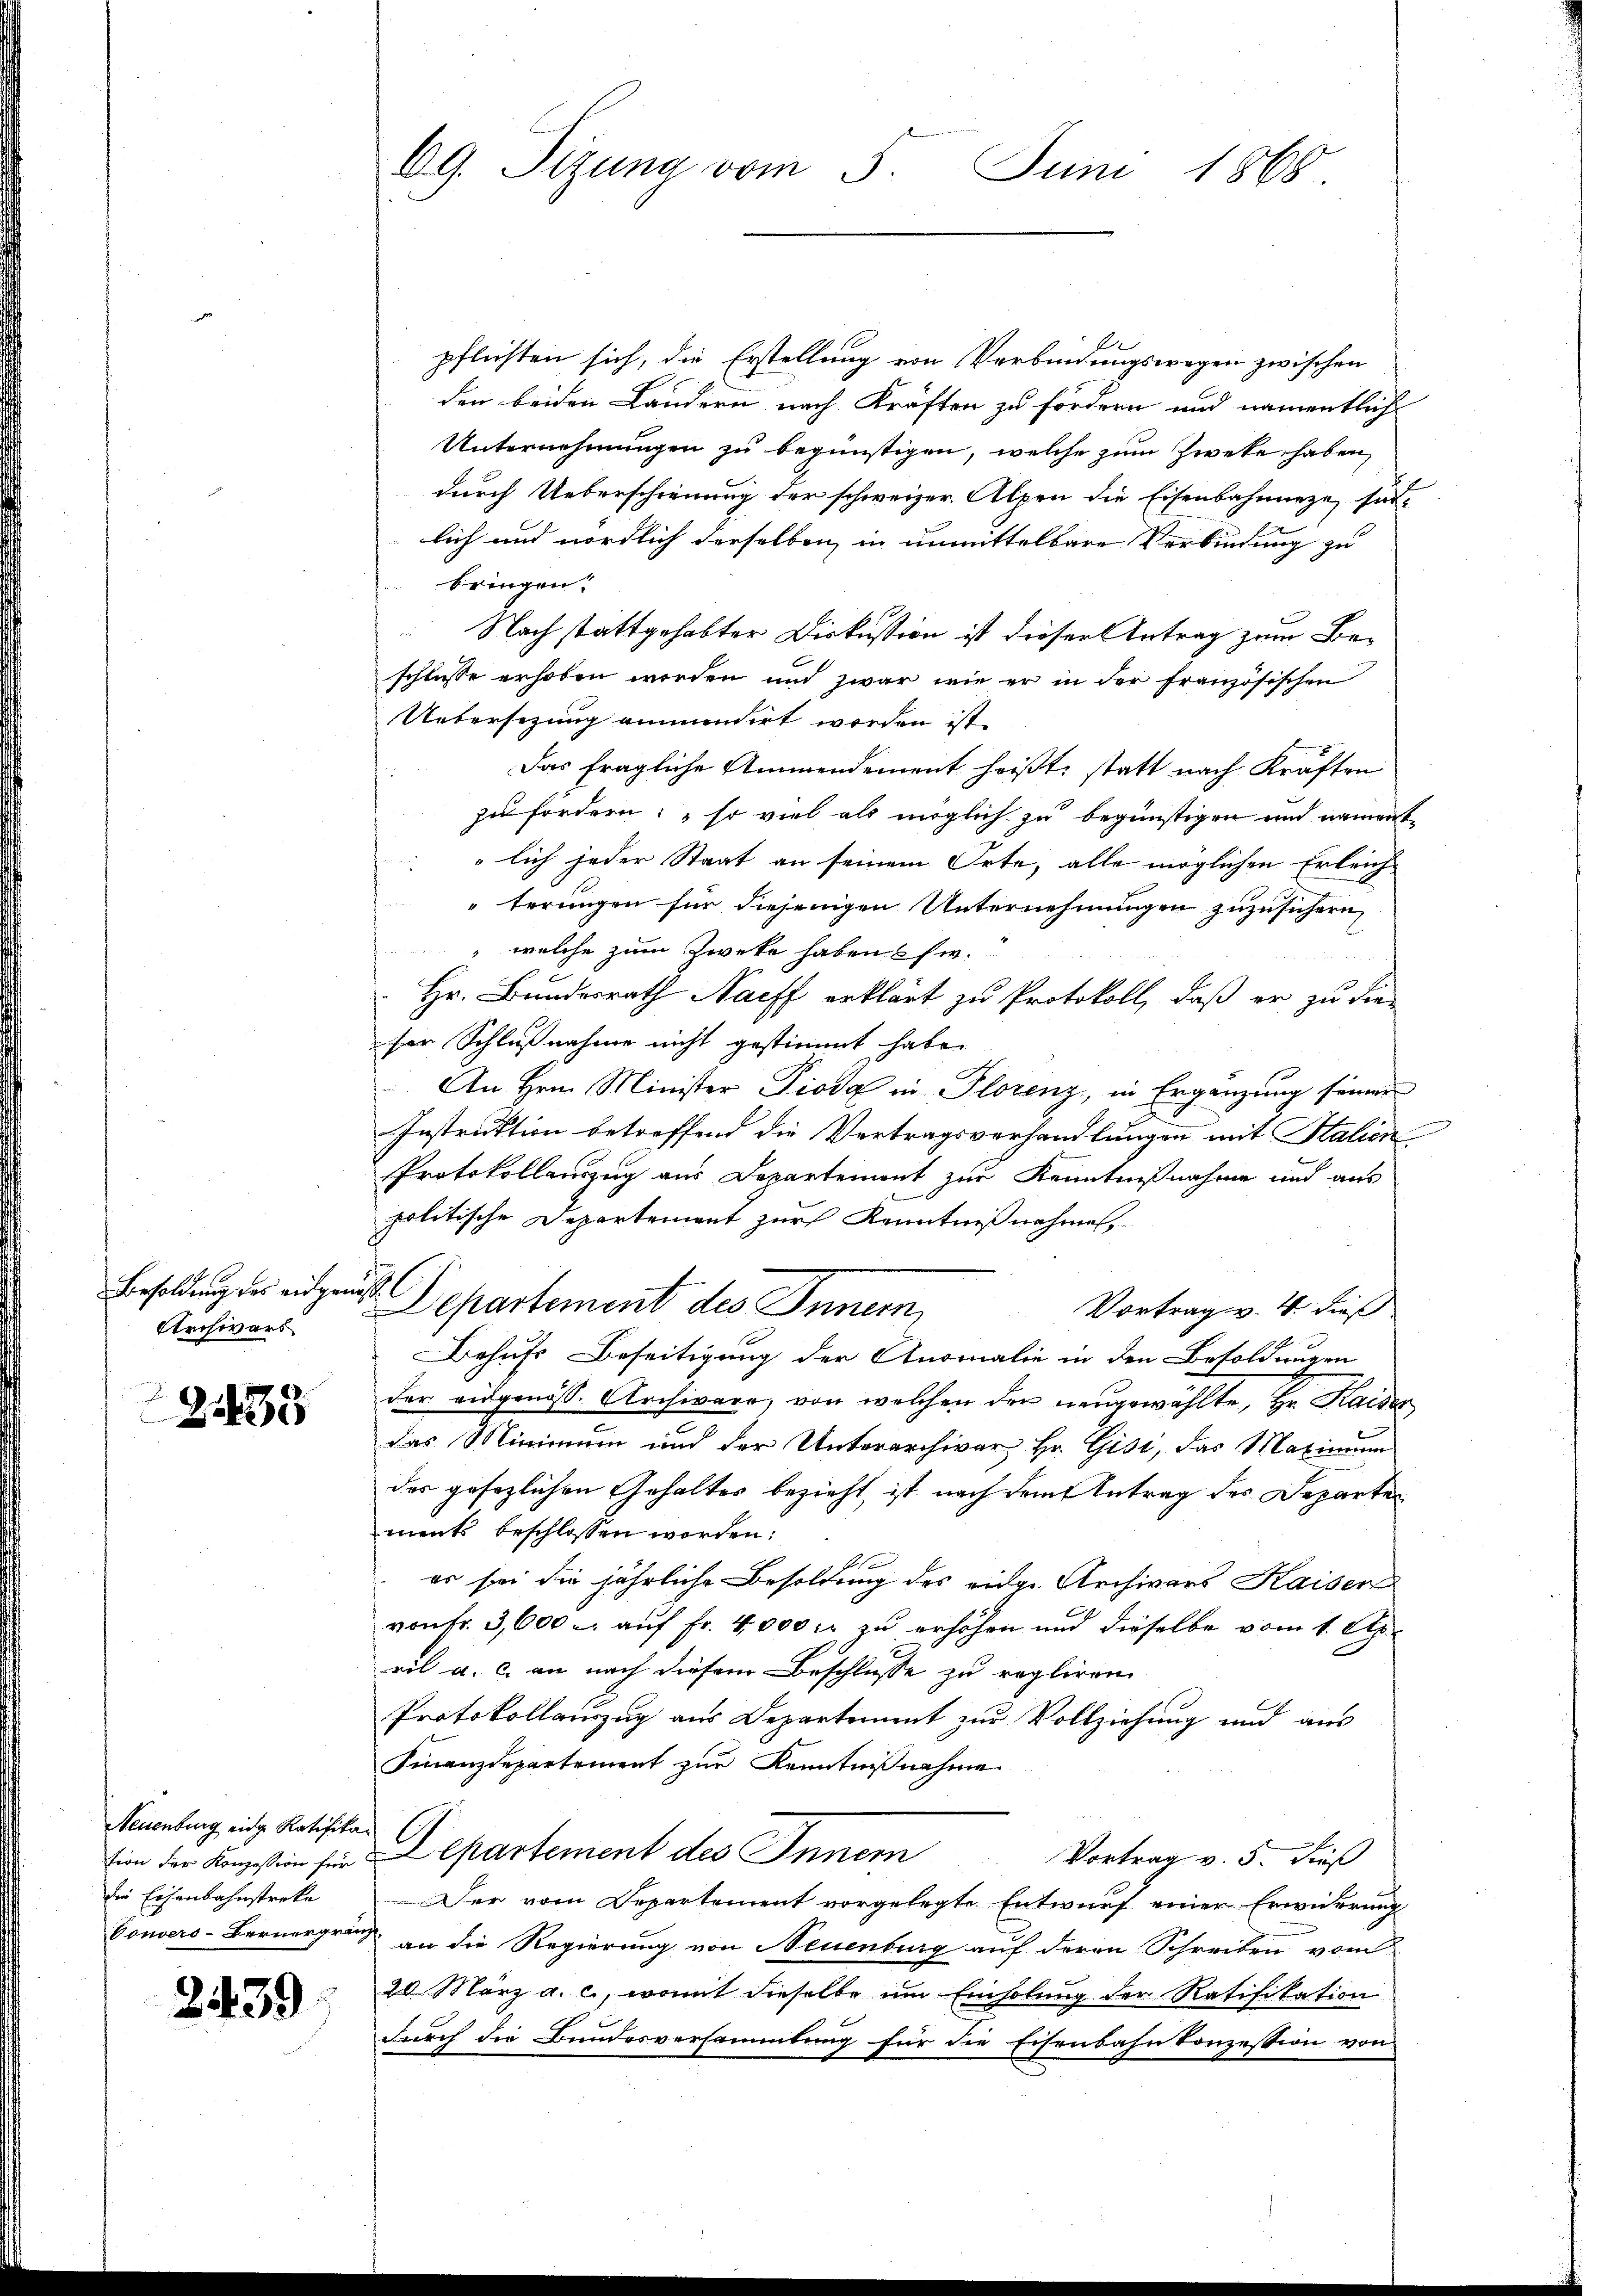
Besoldung des eidgen
Archivars

2435

Neuenburg eine Ratifika
die Eisenbahnstreke

2439

69. Sitzung vom 5. Juni 1868.

1
pflichten sich, die Erstellung von Verbindungswegen zwischen
den beiden Ländern nach Kräften zu fördern und namentlich
Unternehmungen zu begünstigen, welche zum Zweke haben,
durch Ueberschienung der schweizer. Alpen die Eisenbahnneze, sat-
lich und nördlich derselben in unmittelbare Verbindung zu
bringen.
Nach stattgehabter Diskussion ist dieser Antrag zum Beschlusse erhoben werden und zwar wie er in der französischen
Uebersezung einmensirt werden ist
Das fragliche Ammendement heißt, statt nach Kräften
zu fordern: so viel als möglich zu begünstigen und nament
lich jeder Staat an seinem Orte, alle möglichen Erleich
"terungen für diejenigen Unternehmungen zuzusichern,
 welche zum Zweke haben usw.
Hr. Bundesrath Naeff erklärt zu Protokoll, daß er zu die-
ser Schlußnahme nicht gestimmt habe.
An Hrn. Minister Pioda in Florenz, in Ergänzung seiner
Instruktion betreffend die Vertragsverhandlungen mit Halien
Protokollauszug aus Departement zur Kenntnißnahme und aus
politische Departement zur Kenntnißnahmen,
h
Departement des Innern,
Vortrag v. 4. dieß
Behufs Beseitigung der Anomalie in den Besoldungen
der eidgenöss. Archivare, von welchen der neugewählte, Hr. Kaiser
das Minimum und der Unterarchivar Hr. Gisi, das Maximum
des gesezlichen Gehaltes bezieht ist nach dem Antrag des Departe
ments beschlossen worden:
er sei die jährliche Besoldung des eidge Archivars Kaiser
von Fr. 3,600 u. aŭf Fr. 4000 fr zu erhöhen und dieselbe vom 1. April a. c. an nach diesem Beschlusse zu regliren.
Protokollauszug aus Departement zur Vollziehung und aus
Finanzdepartement zur Kenntnißnahme
tion der Konzesion für Departement des Innern
Vortrag v. 5. dieß
Der vom Departement vorgelegte Entwurf einer Erwiderung
Couvers-Bernergränz an die Regierung von Neuenburg auf deren Schreiben vom
20 März a. c., womit dieselbe ŭm Einholŭng der Ratifikation
durch die Bundesversammlung für die Eisenbahn konzession von